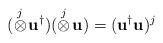
LaTeX: \begin{align*}(\stackrel{j}{\otimes} \!\mathbf{u}^{\dag})(\stackrel{j}{\otimes} \! \mathbf{u})=(\mathbf{u}^{\dag}\mathbf{u})^j\end{align*}